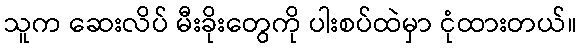
သူက ဆေးလိပ် မီးခိုးတွေကို ပါးစပ်ထဲမှာ ငုံထားတယ်။